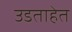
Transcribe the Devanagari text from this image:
उडताहेत